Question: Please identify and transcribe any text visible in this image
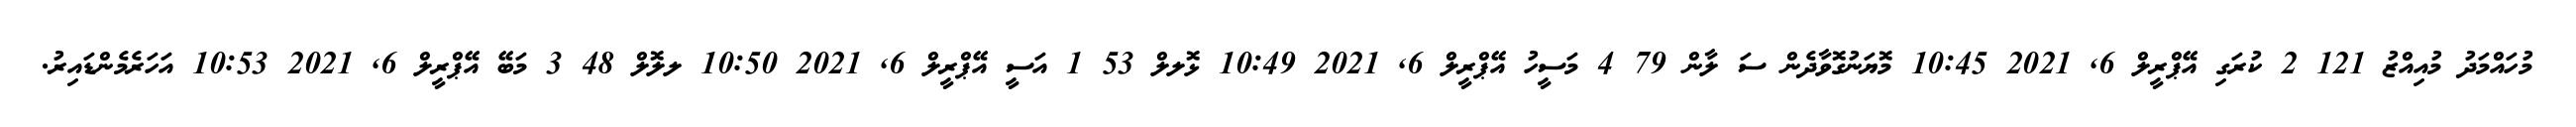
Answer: މުހައްމަދު މުއިއްޒު 121 2 ކުރަގި އޭޕްރީލް 6, 2021 10:45 މޮޔަނުގޮވާދެން ސަ ލާން 79 4 މަސީހު އޭޕްރީލް 6, 2021 10:49 ޅޮލލް 53 1 އަސީ އޭޕްރީލް 6, 2021 10:50 ލލޮލް 48 3 މަބޭ އޭޕްރީލް 6, 2021 10:53 އަހަރެމެންޑައިރު.